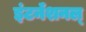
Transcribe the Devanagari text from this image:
इंटर्नॅशनल्